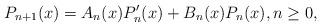
LaTeX: \begin{align*}P_{n+1}(x)=A_{n}(x)P_{n}^{\prime}(x)+B_{n}(x)P_{n}(x),n\geq0,\end{align*}